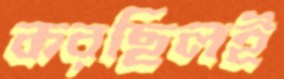
করছিলই